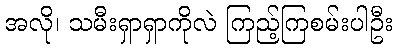
အလို၊ သမီးရှာရှာကိုလဲ ကြည့်ကြစမ်းပါဦး